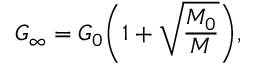
G _ { \infty } = G _ { 0 } \biggl ( 1 + \sqrt { \frac { M _ { 0 } } { M } } \biggr ) ,